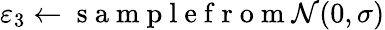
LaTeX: \varepsilon_{3}\gets\mathrm{~s~a~m~p~l~e~f~r~o~m~}{\cal N}(0,\sigma)